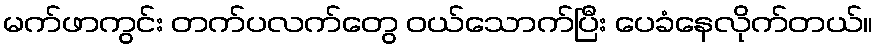
မက်ဖာကွင်း တက်ပလက်တွေ ဝယ်သောက်ပြီး ပေခံနေလိုက်တယ်။